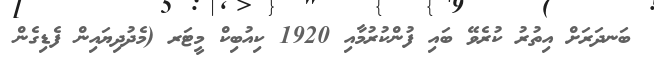
ބަނދަރަށް އިތުރު ކުރެވޭ ބައި ފުންކުރުމާއި 1920 ކިއުބިކް މީޓަރ (މެދުދިޔައިން ފެޑިގެން